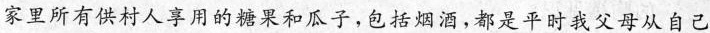
家里所有供村人享用的糖果和瓜子,包括烟酒,都是平时我父母从自己